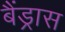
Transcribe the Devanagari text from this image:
बैंड्रास